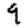
Digit: 9